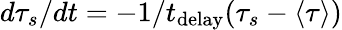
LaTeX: d\tau_{s}/dt=-1/t_{\mathrm{delay}}(\tau_{s}-\langle\tau\rangle)